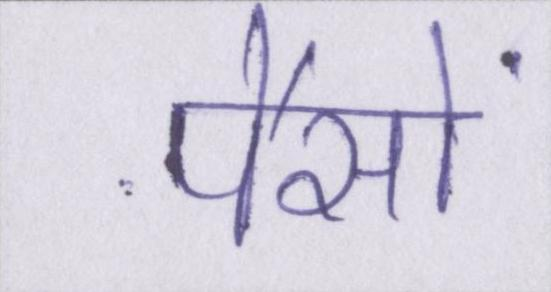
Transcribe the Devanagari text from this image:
पैसों